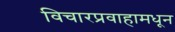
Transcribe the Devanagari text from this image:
विचारप्रवाहामधून